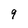
Character: 9